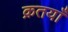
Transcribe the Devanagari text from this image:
क्रतयाँ